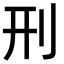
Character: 刑